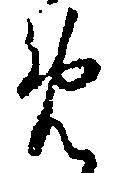
め